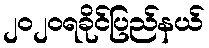
၂၀၂၀ရခိုင်ပြည်နယ်